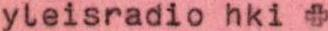
yleisradio hki +